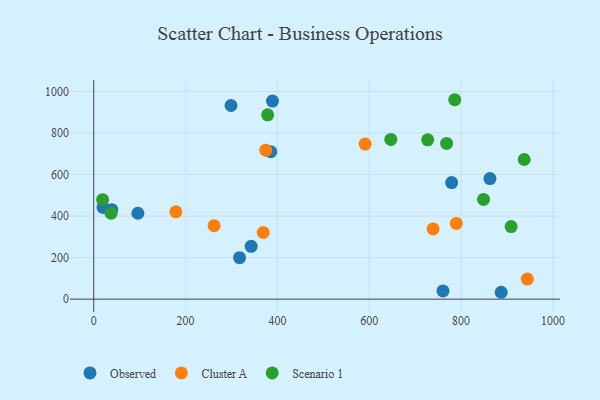
{"axis": {"x": "Experience", "y": "Fuel Efficiency"}, "legend": ["Cluster A", "Observed", "Scenario 1"], "data": [{"x": "887.3", "y": 33.1, "type": "Observed"}, {"x": "385.5", "y": 709.7, "type": "Observed"}, {"x": "298.9", "y": 932.4, "type": "Observed"}, {"x": "96.1", "y": 413.5, "type": "Observed"}, {"x": "760.5", "y": 39.6, "type": "Observed"}, {"x": "342.8", "y": 254.1, "type": "Observed"}, {"x": "779.4", "y": 561.4, "type": "Observed"}, {"x": "39.3", "y": 431.0, "type": "Observed"}, {"x": "389.2", "y": 953.7, "type": "Observed"}, {"x": "862.8", "y": 580.7, "type": "Observed"}, {"x": "20.2", "y": 441.7, "type": "Observed"}, {"x": "317.5", "y": 199.8, "type": "Observed"}, {"x": "262.1", "y": 353.6, "type": "Cluster A"}, {"x": "944.3", "y": 96.6, "type": "Cluster A"}, {"x": "590.9", "y": 746.6, "type": "Cluster A"}, {"x": "739.0", "y": 337.9, "type": "Cluster A"}, {"x": "369.2", "y": 320.8, "type": "Cluster A"}, {"x": "789.5", "y": 364.7, "type": "Cluster A"}, {"x": "374.5", "y": 717.0, "type": "Cluster A"}, {"x": "178.8", "y": 420.3, "type": "Cluster A"}, {"x": "768.4", "y": 749.7, "type": "Scenario 1"}, {"x": "727.2", "y": 767.2, "type": "Scenario 1"}, {"x": "646.9", "y": 769.1, "type": "Scenario 1"}, {"x": "786.1", "y": 960.1, "type": "Scenario 1"}, {"x": "37.7", "y": 413.8, "type": "Scenario 1"}, {"x": "908.9", "y": 349.4, "type": "Scenario 1"}, {"x": "848.8", "y": 480.2, "type": "Scenario 1"}, {"x": "378.7", "y": 887.6, "type": "Scenario 1"}, {"x": "937.4", "y": 672.4, "type": "Scenario 1"}, {"x": "19.3", "y": 479.1, "type": "Scenario 1"}]}